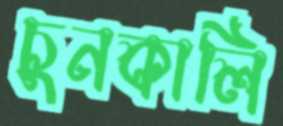
চুনকালি